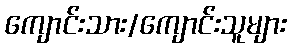
ကျောင်းသား/ကျောင်းသူများ